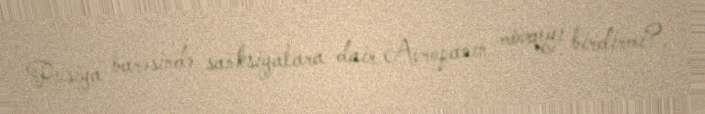
Rusiya barəsində sanksiyalara dair Avropanın mövqeyi birdirmi?.